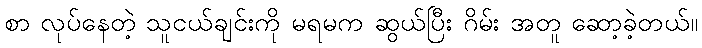
စာ လုပ်နေတဲ့ သူငယ်ချင်းကို မရမက ဆွယ်ပြီး ဂိမ်း အတူ ဆော့ခဲ့တယ်။